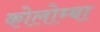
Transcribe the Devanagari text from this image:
कोलोम्बा